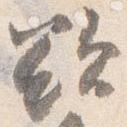
欲